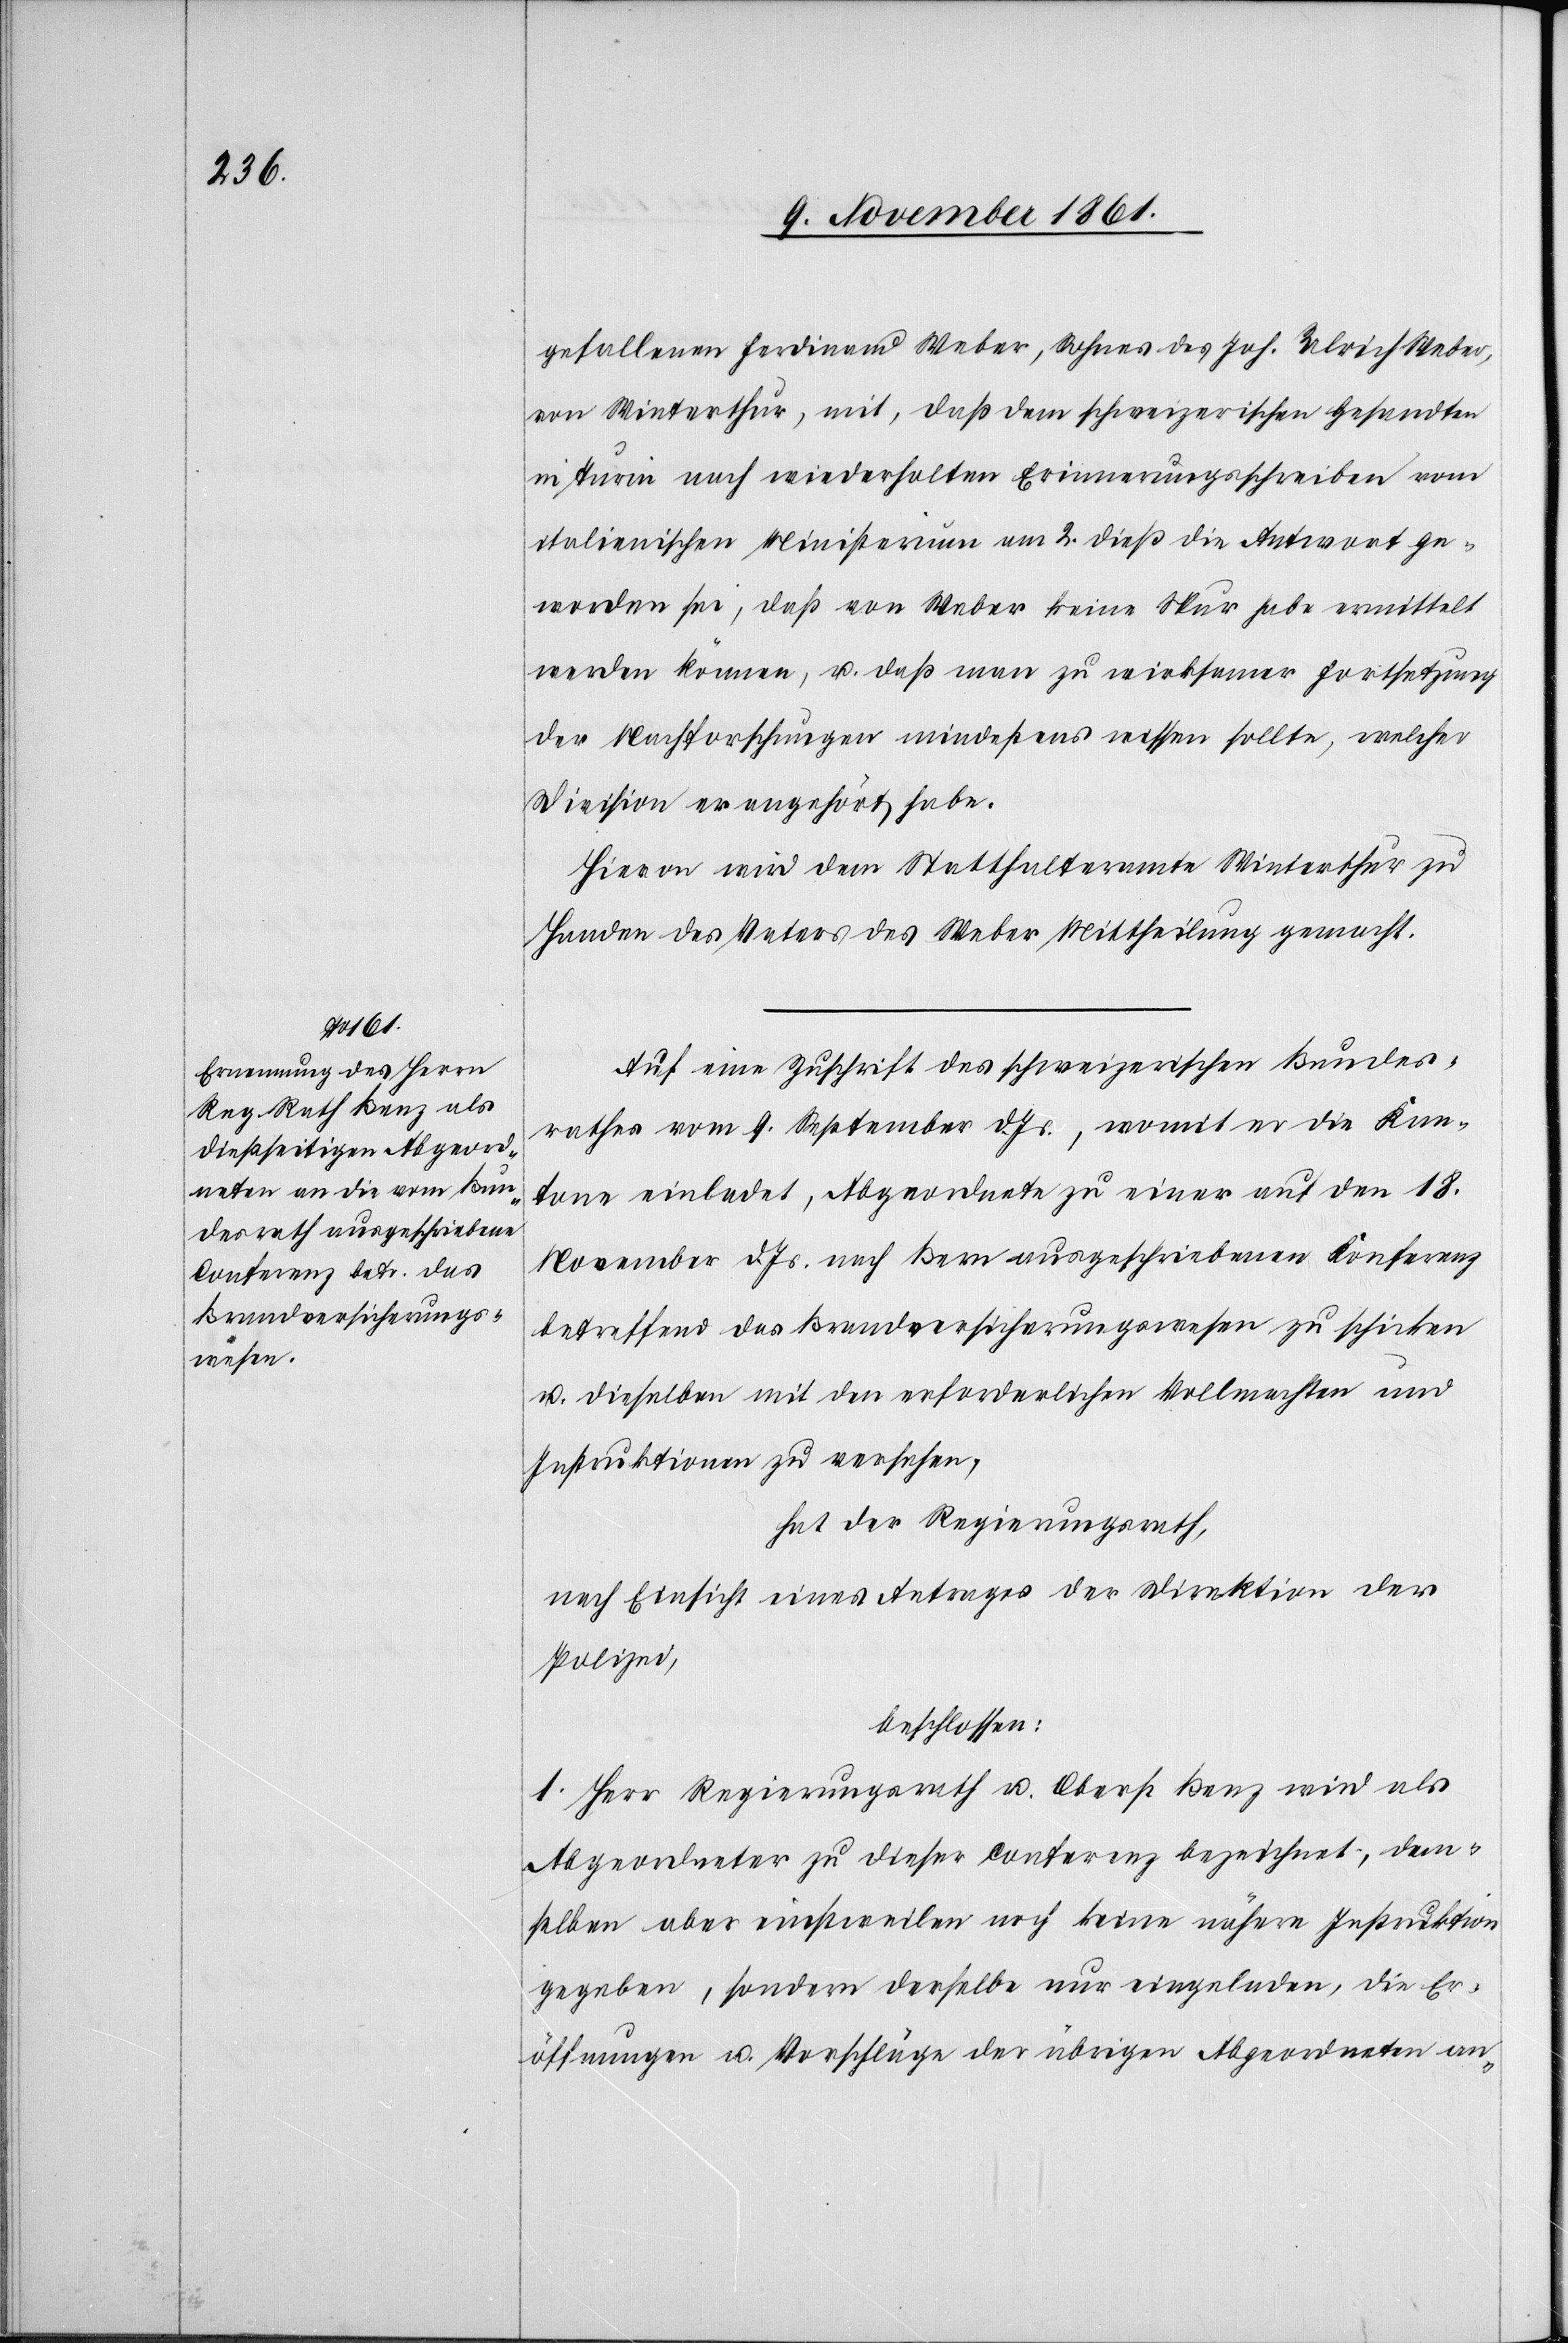
gefallenen Ferdinand Weber, Sohnes des Joh. Ulrich Weber,
von Winterthur, mit, daß dem schweizerischen Gesandten
in Turin nach wiederholten Erinnerungsschreiben vom
italienischen Ministerium am 2 dieß die Antwort ge¬
worden sei, daß von Weber keine Spur habe ermittelt
werden können, u. daß man zu wirksamer Fortsetzung
der Nachforschungen mindestens wissen sollte, welcher
Division er angehört habe.
Hievon wird dem Statthalteramte Winterthur zu
Handen des Vaters des Weber Mittheilung gemacht.
Auf eine Zuschrift des schweizerischen Bundes¬
rathes vom 9 September d. Js., womit er die Kan¬
tone einladet, Abgeordnete zu einer auf den 18
November d. Js. nach Bern ausgeschriebenen Konferenz
betreffend das Brandversicherungswesen zu schicken
u. dieselben mit den erforderlichen Vollmachten und
Instruktionen zu versehen,
hat der Regierungsrath,
nach Einsicht eines Antrages der Direktion der
Polizei,
beschlossen:
1. Herr Regierungsrath u. Oberst Benz wird als
Abgeordneter zu dieser Conferenz bezeichnet, dem¬
selben aber einstweilen noch keine nähere Instruktion
gegeben, sondern derselbe nur eingeladen, die Er¬
öffnungen u. Vorschläge der übrigen Abgeordneten an-